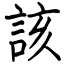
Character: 該